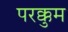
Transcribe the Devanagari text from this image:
परक्कुम